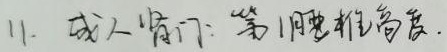
11. 成人肾门：第1腰椎高度.